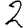
Digit: 2